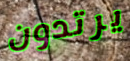
يرتدون